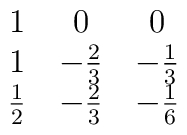
\matrix{ 1 & 0 & 0 \cr 1 & -{2\over3} & -{1\over3} \cr               {1\over2} & -{2\over3} & -{1\over6} \cr}